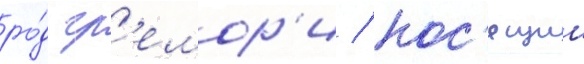
ро́д гр'емор'и / нос'ящии